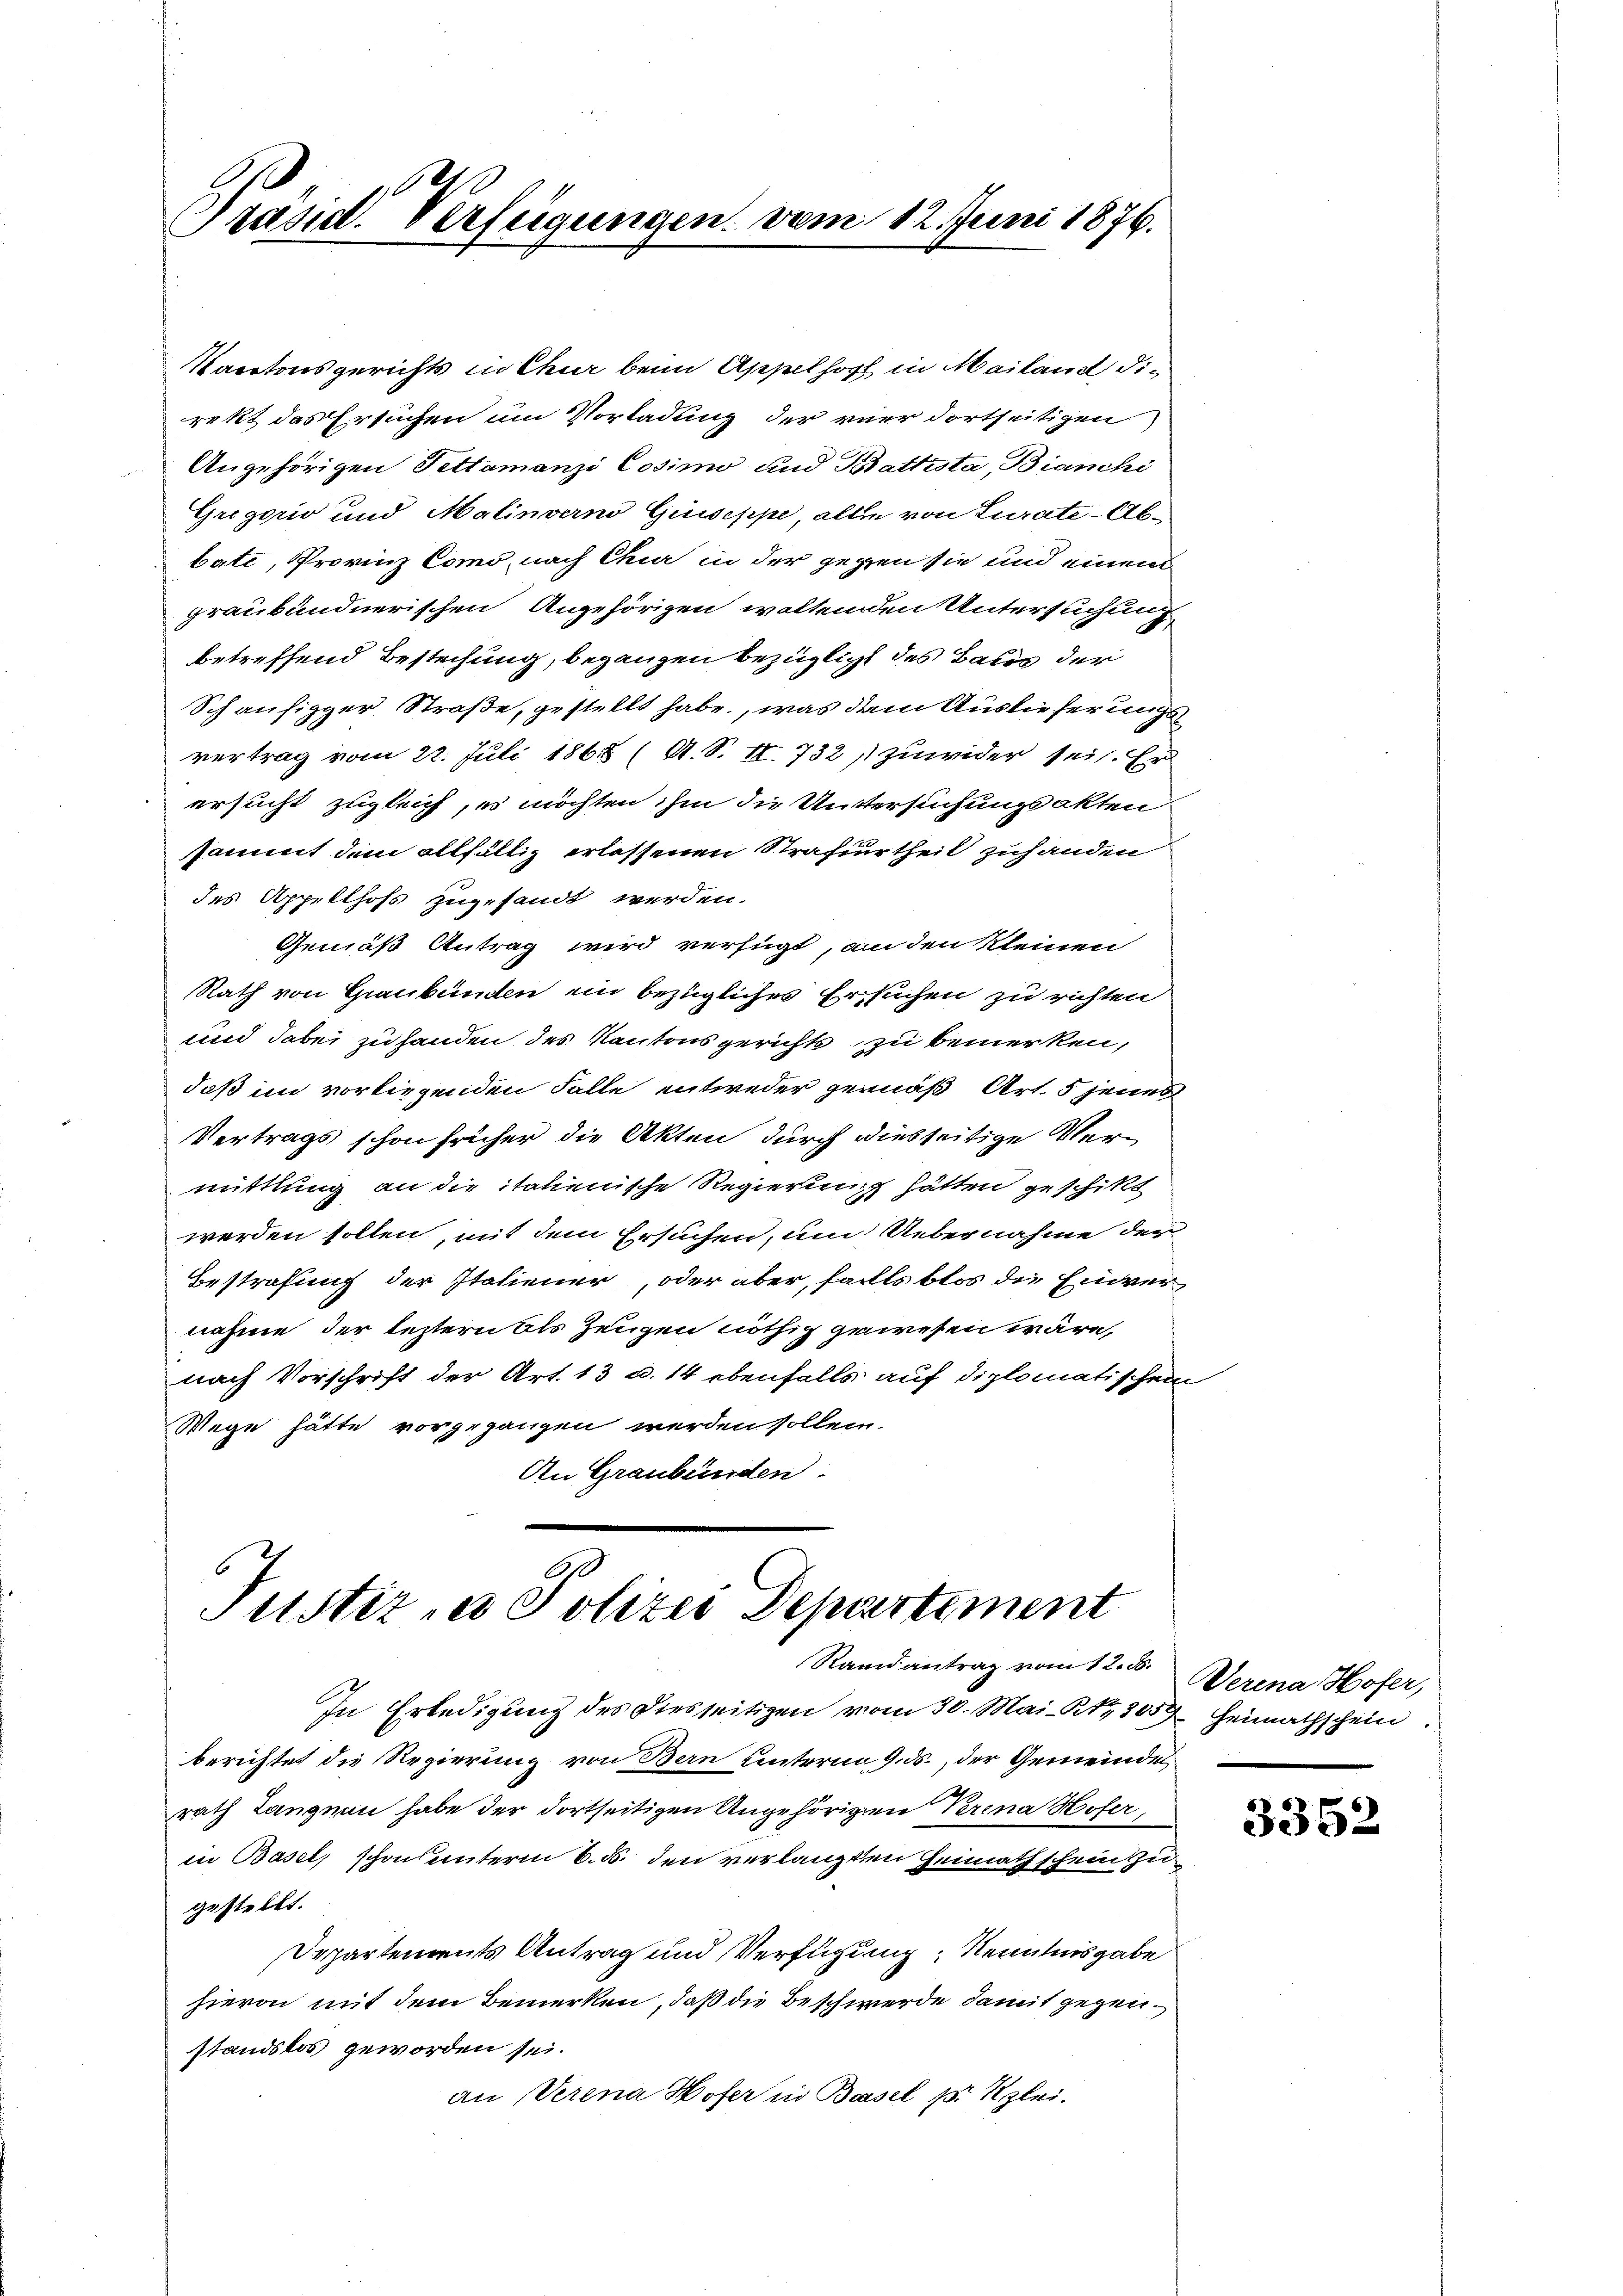
Präsid. Verfügungen. vom 12. Juni 1876.

Kantonsgerichts in Chur beim Appelhoff in Mailand, direkt das Ersuchen um Vorladung der vier dortseitigen
Angehörigen Fettamanzi Cosimo und Battesta, Bianchi
Gregorio und Malinverno Giuseppe, alle von Curate - Abbate, Provinz Como, nach Chiar in der gegen sie und einem
graubündnerischen Angehörigen woltenden Untersuchung
betreffend Bestechung, begangen bezüglicht des Baues der
Schäufigger Straße, gestellt habe, was dem Auslieferungsvertrag vom 22. Juli 1865 (A. S. II. 732, zuwider sei. Er
ersucht zugleich, es möchten ihm die Untersuchungsakten
ssammt dem allfällig erlassenen Strafurtheil zuhanden
des Appellhofs zugesandt werden.
Gemäß Antrag wird verfügt, an den kleinen
Rath von Graubünden ein bezügliches Ersuchen zu richten
und dabei zu handen des Kantons gerichts zu bemerken,
daß im vorliegenden Falle entweder gemäß Art. 5 jenes
Vertrags schon früher die Akten durch diesseitige Vermittlung an die italienische Regierung hätten geschikt
werden sollen, mit dem Ersuchen, um Uebernahme der
Bestrafung der Italiener, oder aber, falls blos die Einvernahme der leztern als Zeugen nöthig gewesen wäre,
nach Vorschrift der Art. 13 u. 14 ebenfalls auf diplomatischen
Wege hätte vorgegangen werden sollen.
An Graubünden.

Tustere Polizei Departement
Randantrag vom 12. ds. Werena Hofer,

In Erledigung des Diesseitigen vom 30. Mai, Kt. 2059 Heimathschein.
berichtet die Regierung von Bern unterm 9. ds., der Gemeindes,
rath Langnau habe der dortseitigen Angehörigen Verena Hofer,
in Basel, schon unterm 6. ds. den verlangten Heimathschein zu
gestellt.
Departements Antrag und Verfügung, Kenntnisgabe
hievon mit dem Bemerken, daß die Beschwerde damit gegenstandslos geworden sei.
an Verena Hofer in Basel pr Klei¬

3352